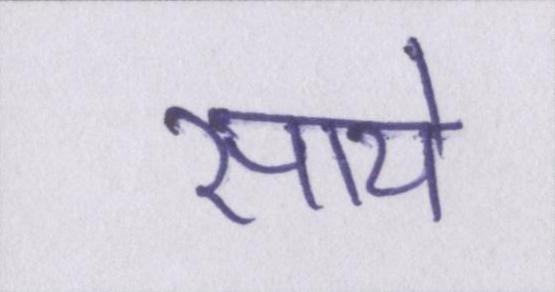
साये